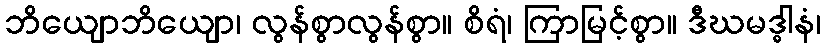
ဘိယျောဘိယျော၊ လွန်စွာလွန်စွာ။ စိရံ၊ ကြာမြင့်စွာ။ ဒီဃမဒ္ဓါနံ၊